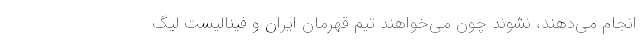
انجام می‌دهند، نشوند چون می‌خواهند تیم قهرمان ایران و فینالیست لیگ